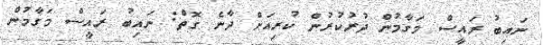
ނައިބު ރައީސް މަގާމުން ދުރުކުރުން ކުރިއަށް ދާނެ ގޮތް: ނައިބު ރައީސް މަގާމުން